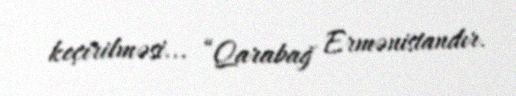
keçirilməsi... “Qarabağ Ermənistandır.